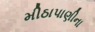
મીઠાપાણીના